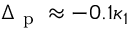
\Delta _ { \mathrm { ~ p ~ } } \approx - 0 . 1 \kappa _ { 1 }